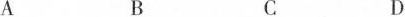
A B C D